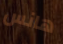
هانس